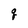
Character: q